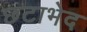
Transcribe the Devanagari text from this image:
छटाभेद